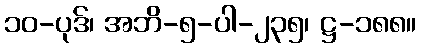
၁၀-ပုဒ်၊ အဘိ-၅-ပါ-၂၃၅၊ ဋ္ဌ-၁၈၈။